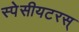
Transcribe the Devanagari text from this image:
स्पेसीयटरस्